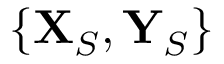
\{ \mathbf { X } _ { S } , \mathbf { Y } _ { S } \}